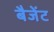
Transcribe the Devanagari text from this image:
बैजेंट